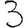
Digit: 3